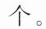
个。